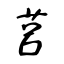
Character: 莒